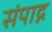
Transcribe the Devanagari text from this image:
संपाद्न